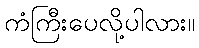
ကံကြီးပေလို့ပါလား။